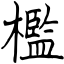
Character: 檻